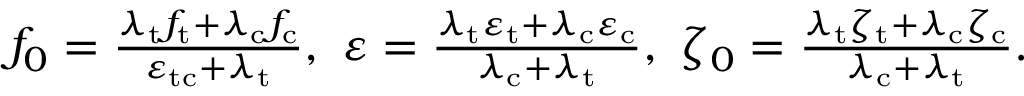
\begin{array} { r } { f _ { 0 } = \frac { \lambda _ { \mathrm { t } } f _ { \mathrm { t } } + \lambda _ { \mathrm { c } } f _ { \mathrm { c } } } { \varepsilon _ { \mathrm { t c } } + \lambda _ { \mathrm { t } } } , \ \varepsilon = \frac { \lambda _ { \mathrm { t } } \varepsilon _ { \mathrm { t } } + \lambda _ { \mathrm { c } } \varepsilon _ { \mathrm { c } } } { \lambda _ { \mathrm { c } } + \lambda _ { \mathrm { t } } } , \ \zeta _ { 0 } = \frac { \lambda _ { \mathrm { t } } \zeta _ { \mathrm { t } } + \lambda _ { \mathrm { c } } \zeta _ { \mathrm { c } } } { \lambda _ { \mathrm { c } } + \lambda _ { \mathrm { t } } } . } \end{array}